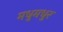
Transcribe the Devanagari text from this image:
मधुमधुर